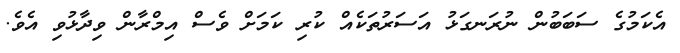
އެކަމުގެ ސަބަބުން ނުރަނގަޅު އަސަރުތަކެއް ކުރި ކަމަށް ވެސް އިމްރާން ވިދާޅުވި އެވެ.